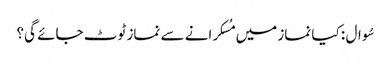
سُوال : کیا نماز میں مُسکرانے سے نماز ٹوٹ جائے گی؟